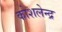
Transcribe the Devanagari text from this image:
कोशलेन्द्र